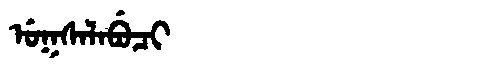
Manchu: ᡠᡴᠰᠠᠯᠠᠪᡠᠴᡳ
Romanization: UKSALABUCI